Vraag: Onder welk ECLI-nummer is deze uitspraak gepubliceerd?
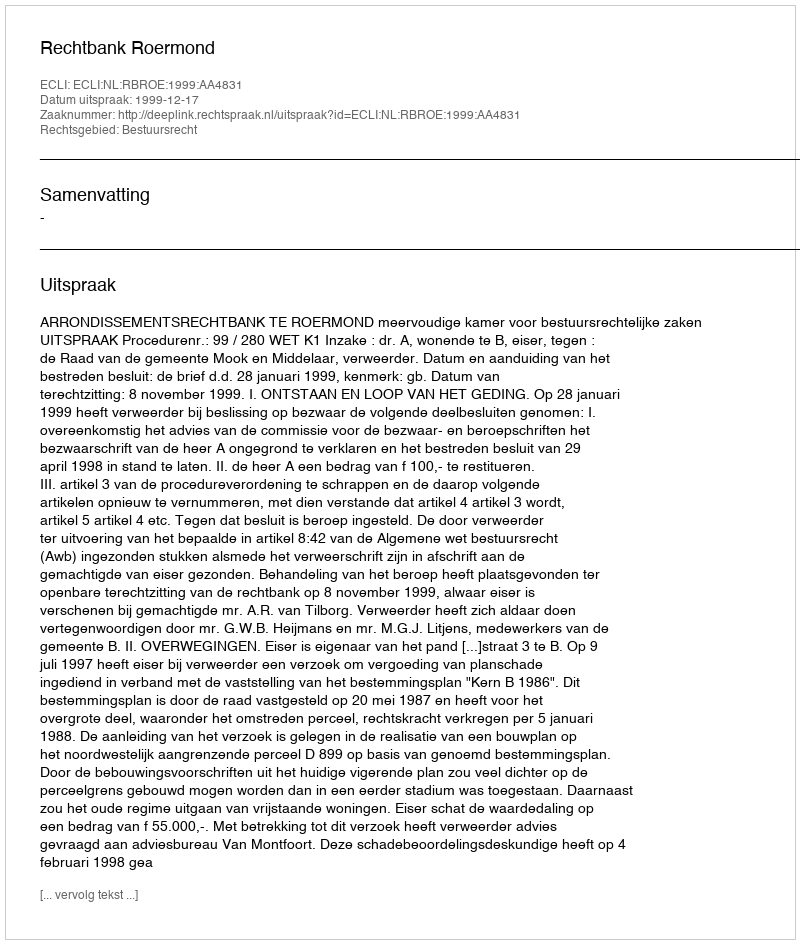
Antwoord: ECLI:NL:RBROE:1999:AA4831